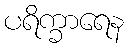
ပရိက္ခာရေန